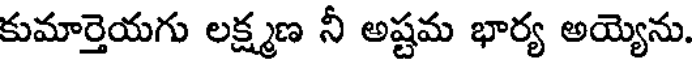
కుమార్తెయగు లక్ష్మణ నీ అష్టమ భార్య అయ్యెను.